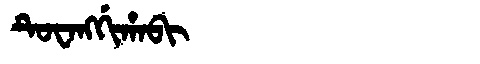
Manchu: ᡨᡠᠸᠠᠩᡤᡳᡥᠠᠪᡳ
Romanization: TUWANGGIHABI